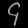
Digit: ၄